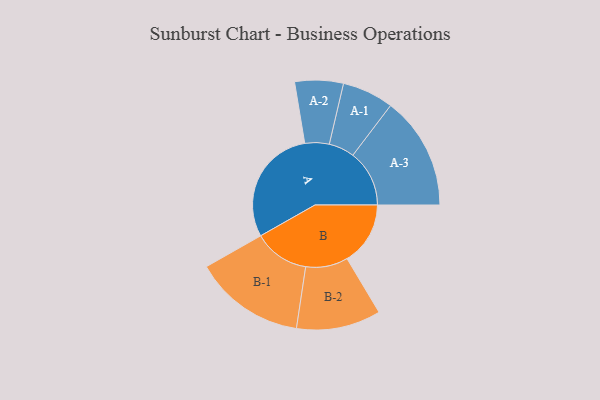
{"axis": {"x": "Segment", "y": "Value"}, "legend": ["", "A", "B"], "data": [{"x": "A", "y": 486, "type": ""}, {"x": "B", "y": 261, "type": ""}, {"x": "A-1", "y": 106, "type": "A"}, {"x": "A-2", "y": 100, "type": "A"}, {"x": "A-3", "y": 233, "type": "A"}, {"x": "B-1", "y": 229, "type": "B"}, {"x": "B-2", "y": 174, "type": "B"}]}